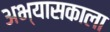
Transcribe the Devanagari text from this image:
अभ्यासकाला